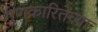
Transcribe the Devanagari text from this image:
गुणकारितेच्या